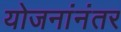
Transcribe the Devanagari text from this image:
योजनांनंतर